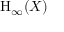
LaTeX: \mathrm { H } _ { \infty } ( X )